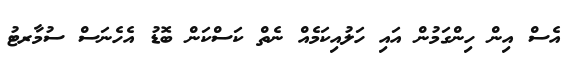
އެސް އިން ހިންގަމުން އައި ހަލުއިކަމެއް ނެތް ކަސްކަން ބޮޑު އެހެނަސް ސުމާރޓު